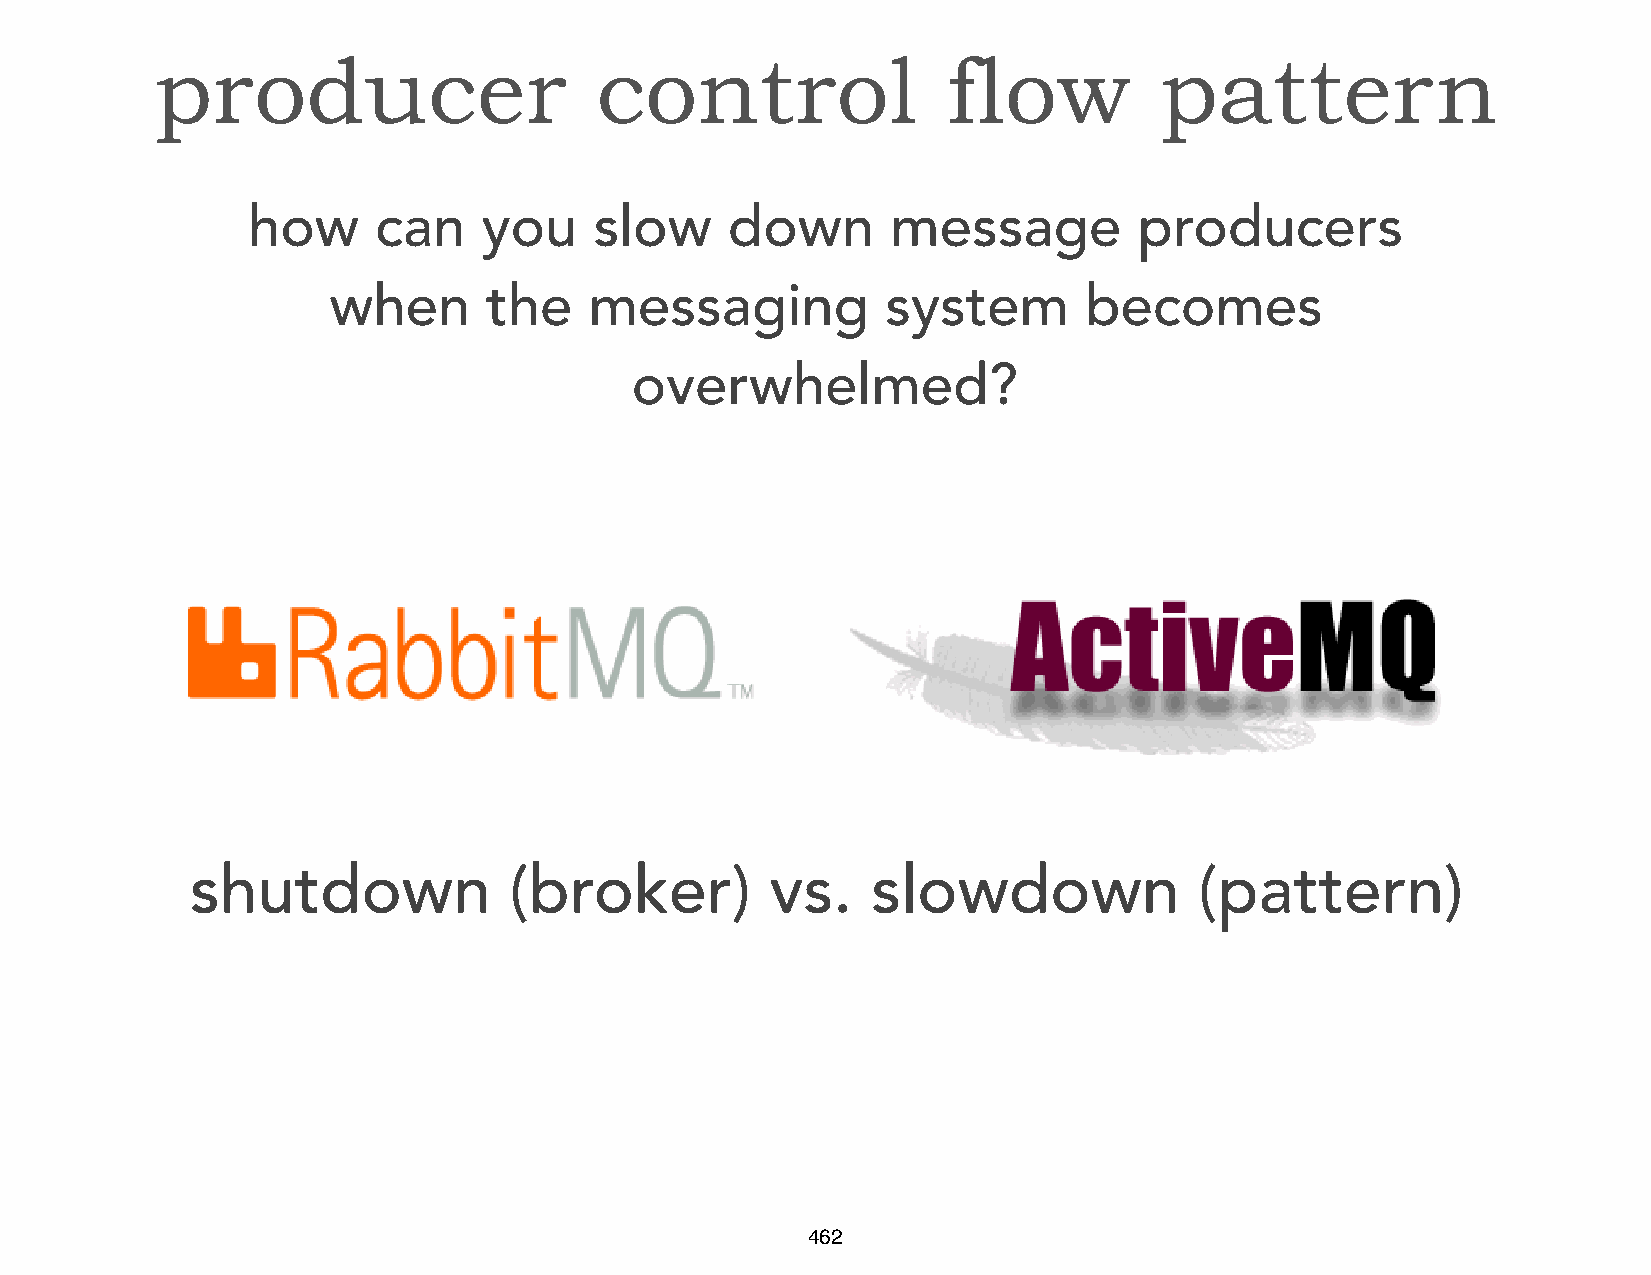
producer                     control                 flow          pattern
 how      can    you    slow     down       message         producers
 when      the    messaging           system       becomes
 overwhelmed?
 shutdown             (broker)         vs.    slowdown             (pattern)
 462